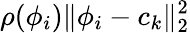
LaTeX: \rho(\phi_{i})\lVert\phi_{i}-c_{k}\rVert_{2}^{2}